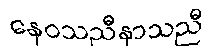
နေဝသညီနာသညီ